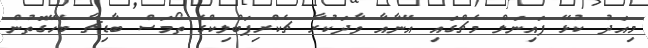
މިއަދު ކުޅޭ ފައިނަލް މެޗްގައި އޭނާއާ ވާދަކުރާ ޗެކްރިޕަބްލިކްގެ ތޯމަސް ބާޑިޗާ ބެހޭގޮތުން